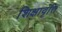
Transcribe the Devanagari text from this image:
शिक्षावृत्ति